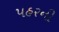
પહરની